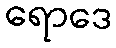
ရောဒေ